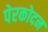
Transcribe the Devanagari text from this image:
पेरकोदन